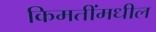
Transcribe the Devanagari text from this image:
किमतींमधील